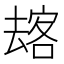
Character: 𱑫